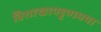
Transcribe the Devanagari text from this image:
विशाखापट्टणमया